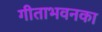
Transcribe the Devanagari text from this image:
गीताभवनका